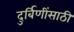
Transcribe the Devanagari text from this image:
दुर्बिणींसाठी